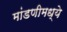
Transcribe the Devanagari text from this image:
मांडणीमध्ये